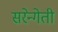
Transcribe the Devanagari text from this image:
सरेन्गेती